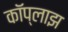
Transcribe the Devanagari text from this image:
कॉप्लाझ